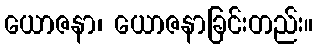
ယောဇနာ၊ ယောဇနာခြင်းတည်း။